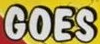
GOES